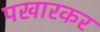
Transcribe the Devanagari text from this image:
पखारकर